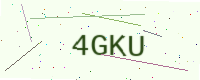
Text: 4GKU